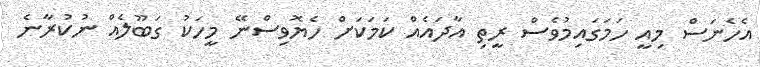
އެހެނަސް މިއީ ހަމަގައިމުވެސް ރީތި އާދައެއް ކަމަކަށް ހެޔޮވިސްނޭ މީހަކު ގަބޫލެއް ނުކުރާނެ